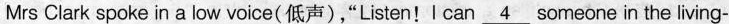
Mrs Clark spoke in a low voice(低声),"Listen! I can \underline{4} someone in the living-